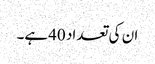
ان کی تعداد 40ہے۔